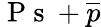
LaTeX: {\mathrm{~P~s~}+\overline{{p}}}